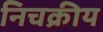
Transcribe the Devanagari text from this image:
निचक्रीय